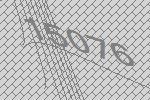
15076